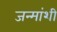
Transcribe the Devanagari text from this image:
जन्मांशी